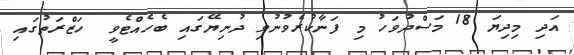
އަދި މިދިޔަ 18 މަސްދުވަހު މި ފަނާކުރެވުނުވި ދުނިޔޭގައި ބެހެއްޓެވީ  ހަޒްރަތުގައި